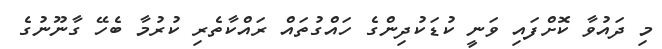
މި ދައުވާ ކޮށްފައި ވަނީ ކުޑަކުދިންގެ ހައްގުތައް ރައްކާތެރި ކުރުމާ ބެހޭ ގާނޫނުގެ